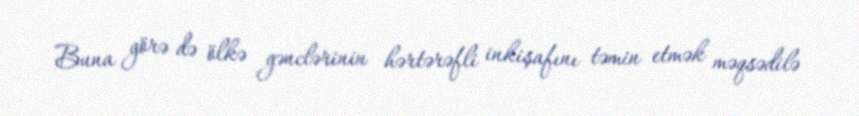
Buna görə də ölkə gənclərinin hərtərəfli inkişafını təmin etmək məqsədilə